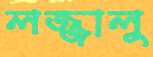
লজ্জালু